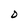
Character: D